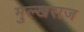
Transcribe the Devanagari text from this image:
मुल्खराज